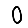
Digit: 0